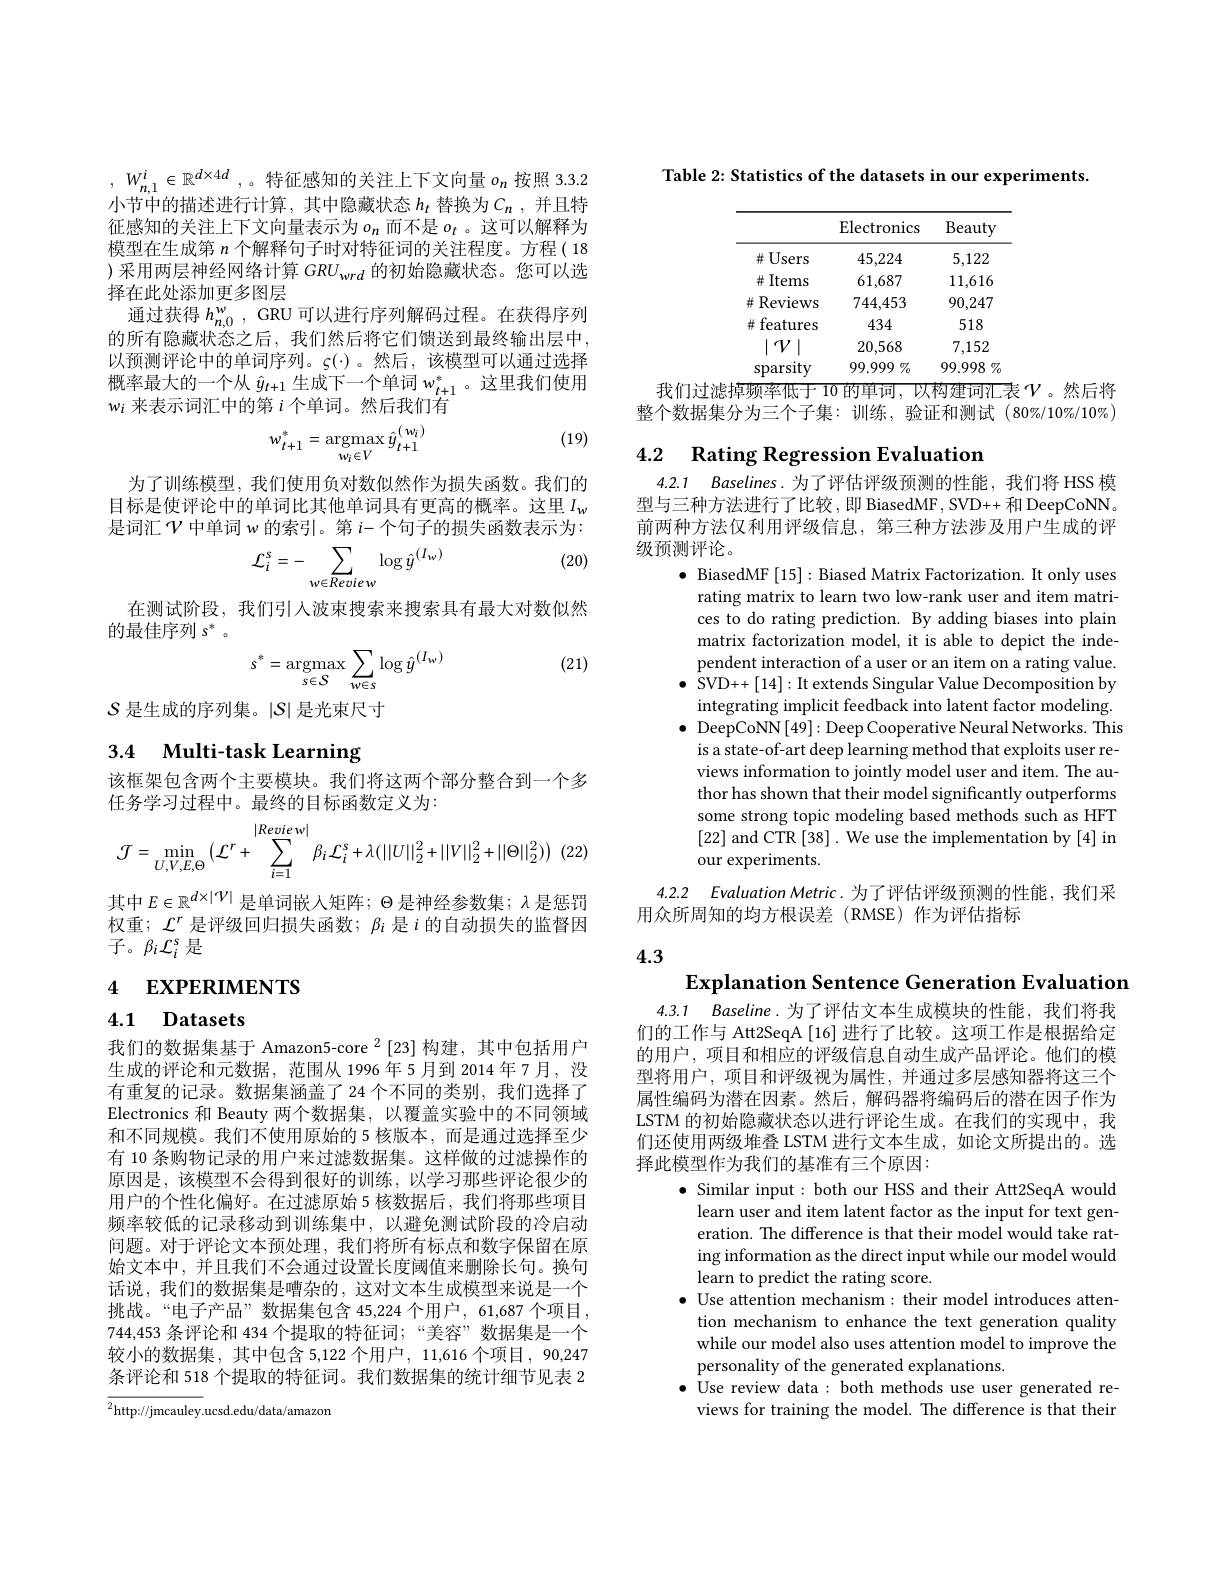
, $W_{n, 1}^i\in \mathbb{R} ^{d\times 4d}$ ,。特征感知的关注上下文向量$o_n$按照 3.3.2小节中的描述进行计算，其中隐藏状态 $h_t$ 替换为$C_n$ ,并且特征感知的关注上下文向量表示为$o_n$ 而不是 $o_t$ 。这可以解释为模型在生成第$n$个解释句子时对特征词的关注程度。方程( 18 )采用两层神经网络计算$GRU_{wrd}$的初始隐藏状态。您可以选择在此处添加更多图层
通过获得$h_{n,0}^w$, GRU 可以进行序列解码过程。在获得序列的所有隐藏状态之后，我们然后将它们馈送到最终输出层中， 以预测评论中的单词序列。$\varsigma(\cdot)$。然后，该模型可以通过选择概率最大的一个从$\hat{y}_{t+1}$生成下一个单词$w_{t+1}^{*}$。这里我们使用$w_i$来表示词汇中的第$i$个单词。然后我们有

(19)
$$w_{t+1}^{*}=\underset{w_{i}\in V}{\mathrm{argmax}}\hat{y}_{t+1}^{(\:w_{i})}$$
为了训练模型，我们使用负对数似然作为损失函数。我们的目标是使评论中的单词比其他单词具有更高的概率。这里$I_w$ 是词汇$\mathcal{V}$ 中单词 w 的索引。第 $i-$个句子的损失函数表示为：

(20)
$$\mathcal{L}_{i}^{s}=-\sum_{w\in Review}\log\hat{y}^{(I_{w})}$$
在测试阶段，我们引入波束搜索来搜索具有最大对数似然
的最佳序列$s^*$ 。

(21)
$$s^{*}=\underset{s\in S}{\mathrm{argmax}}\sum_{w\in s}\log\hat{y}^{(I_{w})}$$
$\mathcal{S}$ 是生成的序列集。$\left|\mathcal{S}\right|$是光束尺寸

# 3.4 Multi-task Learning

该框架包含两个主要模块。我们将这两个部分整合到一个多
任务学习过程中。最终的目标函数定义为：
$$\mathcal{J}=\min_{U,V,E,\Theta}\left(\mathcal{L}^{r}+\sum_{i=1}^{|Revie\:w|}\beta_{i}\mathcal{L}_{i}^{s}+\lambda(||U||_{2}^{2}+||V||_{2}^{2}+||\Theta||_{2}^{2})\right)$$
其中$E\in\mathbb{R}^{d\times|\mathcal{V}|}$是单词嵌入矩阵；$\Theta$是神经参数集；$\lambda$是惩罚权重；$\mathcal{L}^r$是评级回归损失函数；$\beta_i$是$i$的自动损失的监督因${\vec{f}}。\beta_{i}{\mathcal{L}}_{i}^{s}$是

# 4 EXPERIMENTS

# 4.1 Datasets

我们的数据集基于 Amazon5-core $^{2}[23]$构建，其中包括用户生成的评论和元数据，范围从 1996年5月到 2014年7月，没有重复的记录。数据集涵盖了 24 个不同的类别，我们选择了Electronics 和 Beauty 两个数据集，以覆盖实验中的不同领域和不同规模。我们不使用原始的 5 核版本，而是通过选择至少有 10 条购物记录的用户来过滤数据集。这样做的过滤操作的原因是，该模型不会得到很好的训练，以学习那些评论很少的用户的个性化偏好。在过滤原始 5 核数据后，我们将那些项目频率较低的记录移动到训练集中，以避免测试阶段的冷启动问题。对于评论文本预处理，我们将所有标点和数字保留在原始文本中，并且我们不会通过设置长度阈值来删除长句。换句话说，我们的数据集是嘈杂的，这对文本生成模型来说是一个挑战。“电子产品”数据集包含 45,224 个用户，61,687 个项目， 744,453 条评论和 434 个提取的特征词；“美容”数据集是一个较小的数据集，其中包含 5,122 个用户，11,616 个项目，90,247条评论和 518 个提取的特征词。我们数据集的统计细节见表 2

${\overline{{^2}\mathrm{http:}//\mathrm{jmcauley}}.\mathrm{ucsd.edu/data/amazon}}$

Table 2: Statistics of the datasets in our experiments.

<table>
	<tbody>
		<tr>
			<th> </th>
			<th>Electronics</th>
			<th>Beauty</th>
		</tr>
		<tr>
			<td>并 Users</td>
			<td>45,224</td>
			<td>5,122</td>
		</tr>
		<tr>
			<td>井] Items</td>
			<td>61,687</td>
			<td>11,616</td>
		</tr>
		<tr>
			<td>Reviews 井</td>
			<td>744,453</td>
			<td>90,247</td>
		</tr>
		<tr>
			<td>features 井</td>
			<td>434</td>
			<td>518</td>
		</tr>
		<tr>
			<td>$\gamma$</td>
			<td>20,568</td>
			<td>7,152</td>
		</tr>
		<tr>
			<td>sparsity</td>
			<td>$99.999\%$</td>
			<td>99.998 $y$</td>
		</tr>
	</tbody>
</table>
我们过滤掉频率低于 10 的单词，以构建词汇表$\mathcal{V}$ 。然后将

整个数据集分为三个子集：训练，验证和测试(80$\%/10\%/10\%)$

## 4.2 Rating Regression Evaluation

4.2.1 $Baselines.$为了评估评级预测的性能，我们将 HSS 模型与三种方法进行了比较，即 BiasedMF, SVD++ 和 DeepCoNN。前两种方法仅利用评级信息，第三种方法涉及用户生成的评级预测评论。

$\bullet$ BiasedMF [15]: Biased Matrix Factorization. It only uses
rating matrix to learn two low-rank user and item matrices to do rating prediction. By adding biases into plain matrix factorization model, it is able to depict the independent interaction of a user or an item on a rating value.
$\bullet$ SVD++[14]: It extends Singular Value Decomposition by integrating implicit feedback into latent factor modeling.
$\bullet$ DeepCoNN[49]: Deep Cooperative Neural Networks. This
is a state-of-art deep learning method that exploits user reviews information to jointly model user and item. The author has shown that their model significantly outperforms some strong topic modeling based methods such as HFT [22] and CTR [38]. We use the implementation by [4] in our experiments.

4.2.2 Evaluation Metric.为了评估评级预测的性能，我们采
用众所周知的均方根误差(RMSE)作为评估指标

4.3

4.3.1 Baseline.为了评估文本生成模块的性能，我们将我们的工作与 Att2SeqA [16] 进行了比较。这项工作是根据给定的用户，项目和相应的评级信息自动生成产品评论。他们的模型将用户，项目和评级视为属性，并通过多层感知器将这三个属性编码为潜在因素。然后，解码器将编码后的潜在因子作为LSTM 的初始隐藏状态以进行评论生成。在我们的实现中，我们还使用两级堆叠 LSTM 进行文本生成，如论文所提出的。选择此模型作为我们的基准有三个原因：

Explanation Sentence Generation Evaluation
$\bullet$ Similar input: both our HSS and their Att2SeqA would
learn user and item latent factor as the input for text generation. The difference is that their model would take rating information as the direct input while our model would learn to predict the rating score.
$\bullet$ Use attention mechanism: their model introduces atten-
tion mechanism to enhance the text generation quality while our model also uses attention model to improve the personality of the generated explanations.
$\bullet$ Use review data : both methods use user generated re-
views for training the model. The difference is that their